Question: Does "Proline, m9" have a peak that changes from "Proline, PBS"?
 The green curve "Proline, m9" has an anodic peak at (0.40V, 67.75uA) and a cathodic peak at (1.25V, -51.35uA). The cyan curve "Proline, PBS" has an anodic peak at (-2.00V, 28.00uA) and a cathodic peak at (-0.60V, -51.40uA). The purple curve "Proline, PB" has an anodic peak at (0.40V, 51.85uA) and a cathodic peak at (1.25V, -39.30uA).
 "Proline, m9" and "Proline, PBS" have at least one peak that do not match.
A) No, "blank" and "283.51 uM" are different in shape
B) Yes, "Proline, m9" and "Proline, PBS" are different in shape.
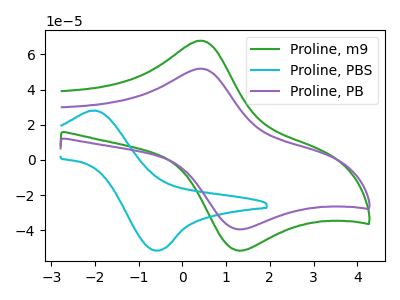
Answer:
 <answer>B) Yes, "Proline, m9" and "Proline, PBS" are different in shape.</answer>
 <eval>B</eval>